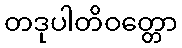
တဒုပါတိဝတ္တော